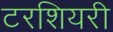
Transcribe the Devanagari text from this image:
टरशियरी